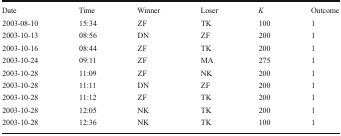
<table><thead><tr><td><b>Date</b></td><td><b>Time</b></td><td><b>Winner</b></td><td><b>Loser</b></td><td><b><i>K</i></b></td><td><b>Outcome</b></td></tr></thead><tbody><tr><td>2003-08-10</td><td>15:34</td><td>ZF</td><td>TK</td><td>100</td><td>1</td></tr><tr><td>2003-10-13</td><td>08:56</td><td>DN</td><td>ZF</td><td>200</td><td>1</td></tr><tr><td>2003-10-16</td><td>08:44</td><td>ZF</td><td>TK</td><td>200</td><td>1</td></tr><tr><td>2003-10-24</td><td>09:11</td><td>ZF</td><td>MA</td><td>275</td><td>1</td></tr><tr><td>2003-10-28</td><td>11:09</td><td>ZF</td><td>NK</td><td>200</td><td>1</td></tr><tr><td>2003-10-28</td><td>11:11</td><td>DN</td><td>ZF</td><td>200</td><td>1</td></tr><tr><td>2003-10-28</td><td>11:12</td><td>ZF</td><td>TK</td><td>200</td><td>1</td></tr><tr><td>2003-10-28</td><td>12:05</td><td>NK</td><td>TK</td><td>200</td><td>1</td></tr><tr><td>2003-10-28</td><td>12:36</td><td>NK</td><td>TK</td><td>100</td><td>1</td></tr></tbody></table>